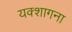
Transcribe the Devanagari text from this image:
यक्शागना